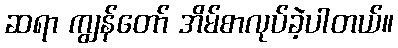
ဆရာ ကျွန်တော် အိမ်စာလုပ်ခဲ့ပါတယ်။